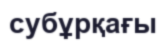
субұрқағы